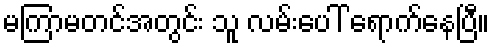
မကြာမတင်အတွင်း သူ လမ်းပေါ် ရောက်နေပြီ။